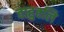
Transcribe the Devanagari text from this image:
वाहुवलि